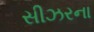
સીઝરના